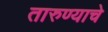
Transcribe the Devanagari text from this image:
तारुण्याचे